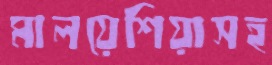
মালয়েশিয়াসহ